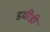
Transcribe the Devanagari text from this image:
डवीडी